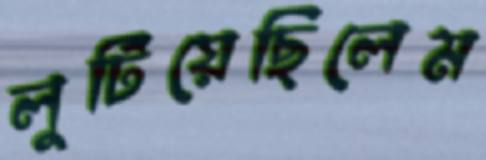
লুটিয়েছিলেম